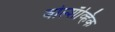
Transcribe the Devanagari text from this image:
बोल्शॅव्हिक